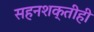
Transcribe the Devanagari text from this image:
सहनशक्तीही